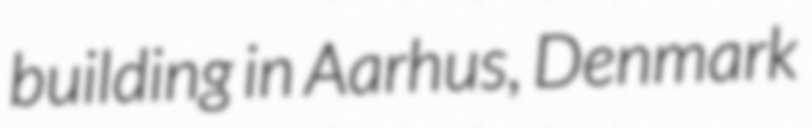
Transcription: building in Aarhus, Denmark